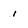
Character: i